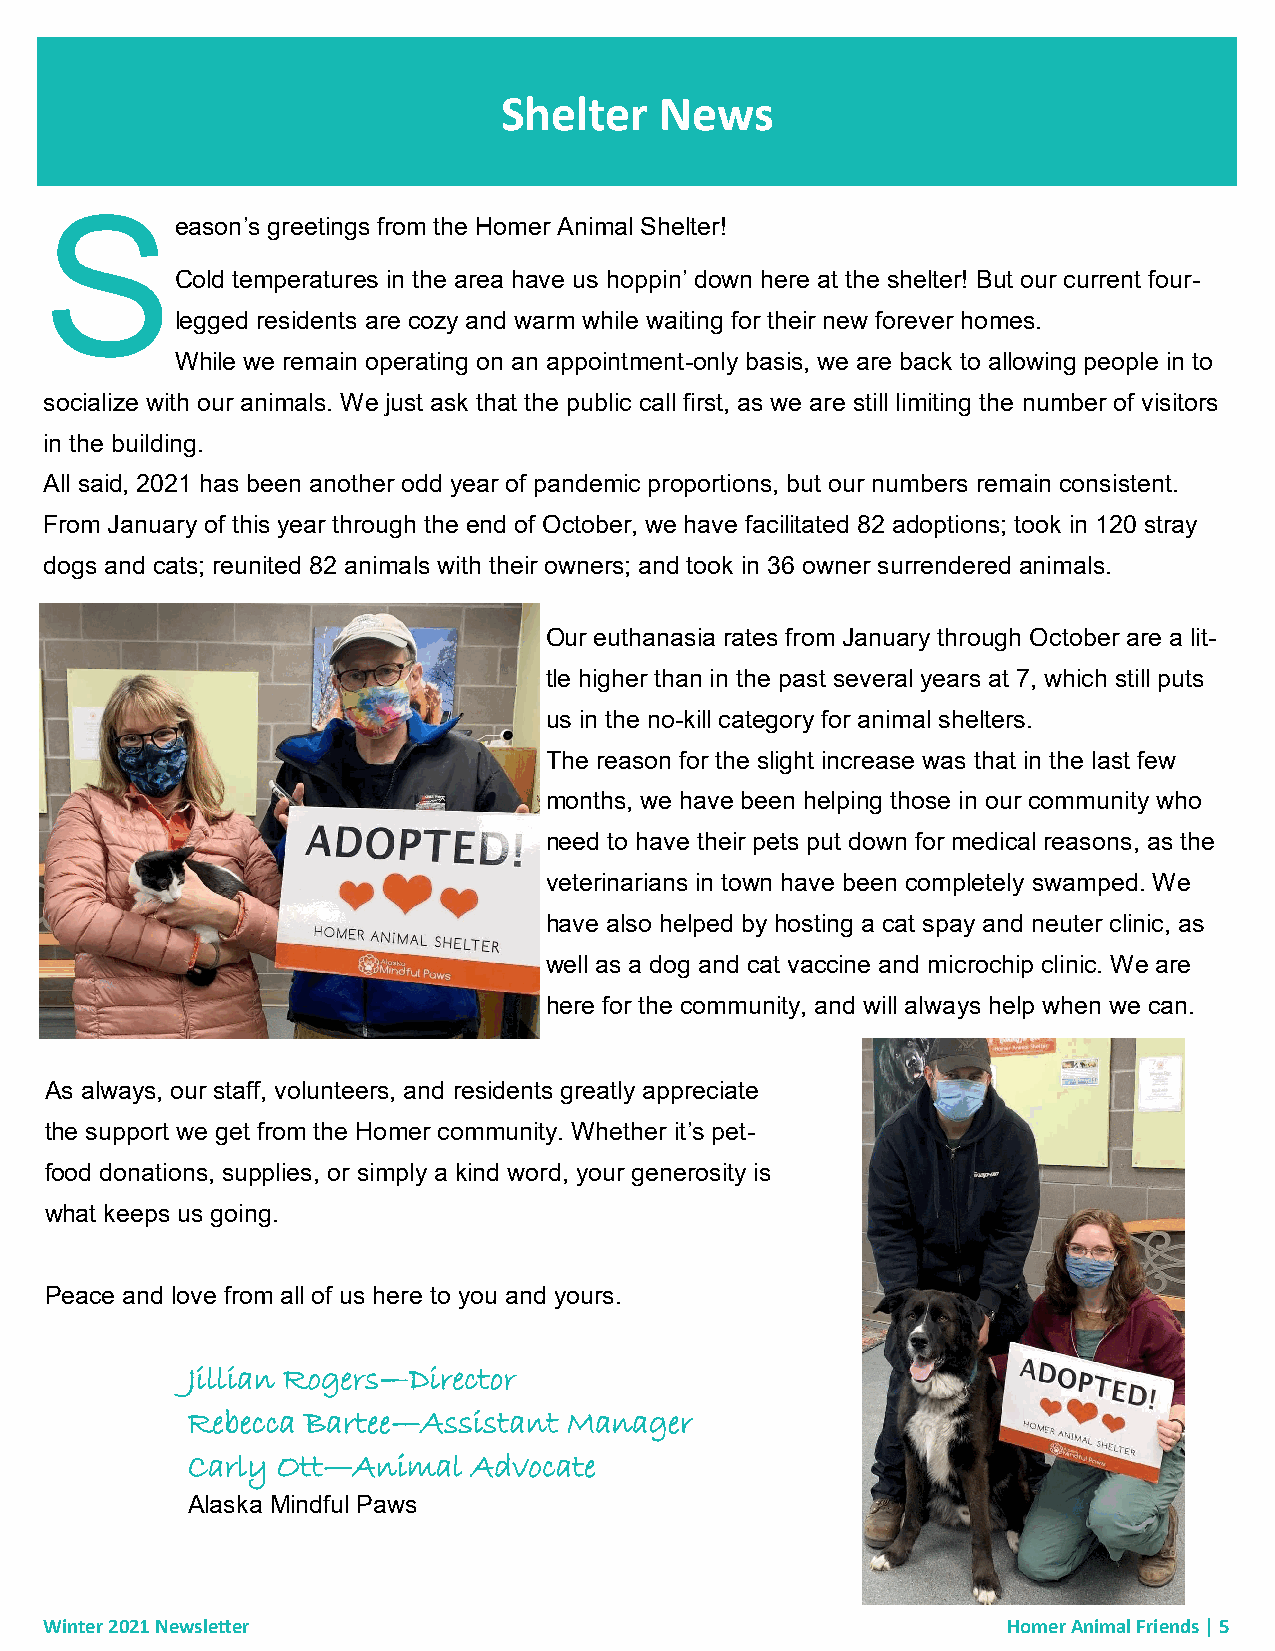
Shelter    News
 S
 eason’s greetings from the Homer Animal Shelter!
 Cold temperatures in the area have us hoppin’ down here at the shelter! But our current four-
 legged residents are cozy and warm while waiting for their new forever homes.
 While we remain operating on an appointment-only basis, we are back to allowing people in to
 socialize with our animals. We just ask that the public call first, as we are still limiting the number of visitors
 in the building.
 All said, 2021 has been another odd year of pandemic proportions, but our numbers remain consistent.
 From January of this year through the end of October, we have facilitated 82 adoptions; took in 120 stray
 dogs and cats; reunited 82 animals with their owners; and took in 36 owner surrendered animals.
 Our euthanasia rates from January through October are a lit-
 tle higher than in the past several years at 7, which still puts
 us in the no-kill category for animal shelters.
 The reason for the slight increase was that in the last few
 months, we have been helping those in our community who
 need to have their pets put down for medical reasons, as the
 veterinarians in town have been completely swamped. We
 have also helped by hosting a cat spay and neuter clinic, as
 well as a dog and cat vaccine and microchip clinic. We are
 here for the community, and will always help when we can.
 As always, our staff, volunteers, and residents greatly appreciate
 the support we get from the Homer community. Whether it’s pet-
 food donations, supplies, or simply a kind word, your generosity is
 what keeps us going.
 Peace and love from all of us here to you and yours.
 Jillian Rogers—Director
 Rebecca Bartee—Assistant  Manager
 Carly Ott—Animal   Advocate
 Alaska Mindful Paws
 Winter 2021 Newsletter                                          Homer Animal Friends | 5